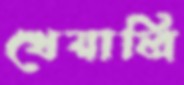
খেয়ালি